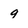
Character: 9